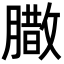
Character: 𮌼